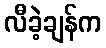
လီခဲ့ချန်က